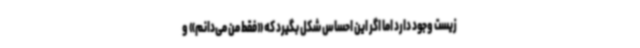
زیست وجود دارد اما اگر این احساس شکل بگیرد که «فقط من می‌دانم» و